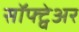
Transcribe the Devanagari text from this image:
सॉफ्ट्वेअर